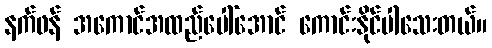
နက်ဖန် အကောင်အထည်ပေါ်အောင် ကောင်းနိုင်ပါသေးတယ်။